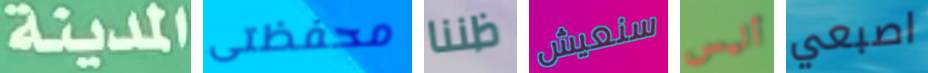
المدينة محفظتى ظننا سنعيش أليس اصبعي